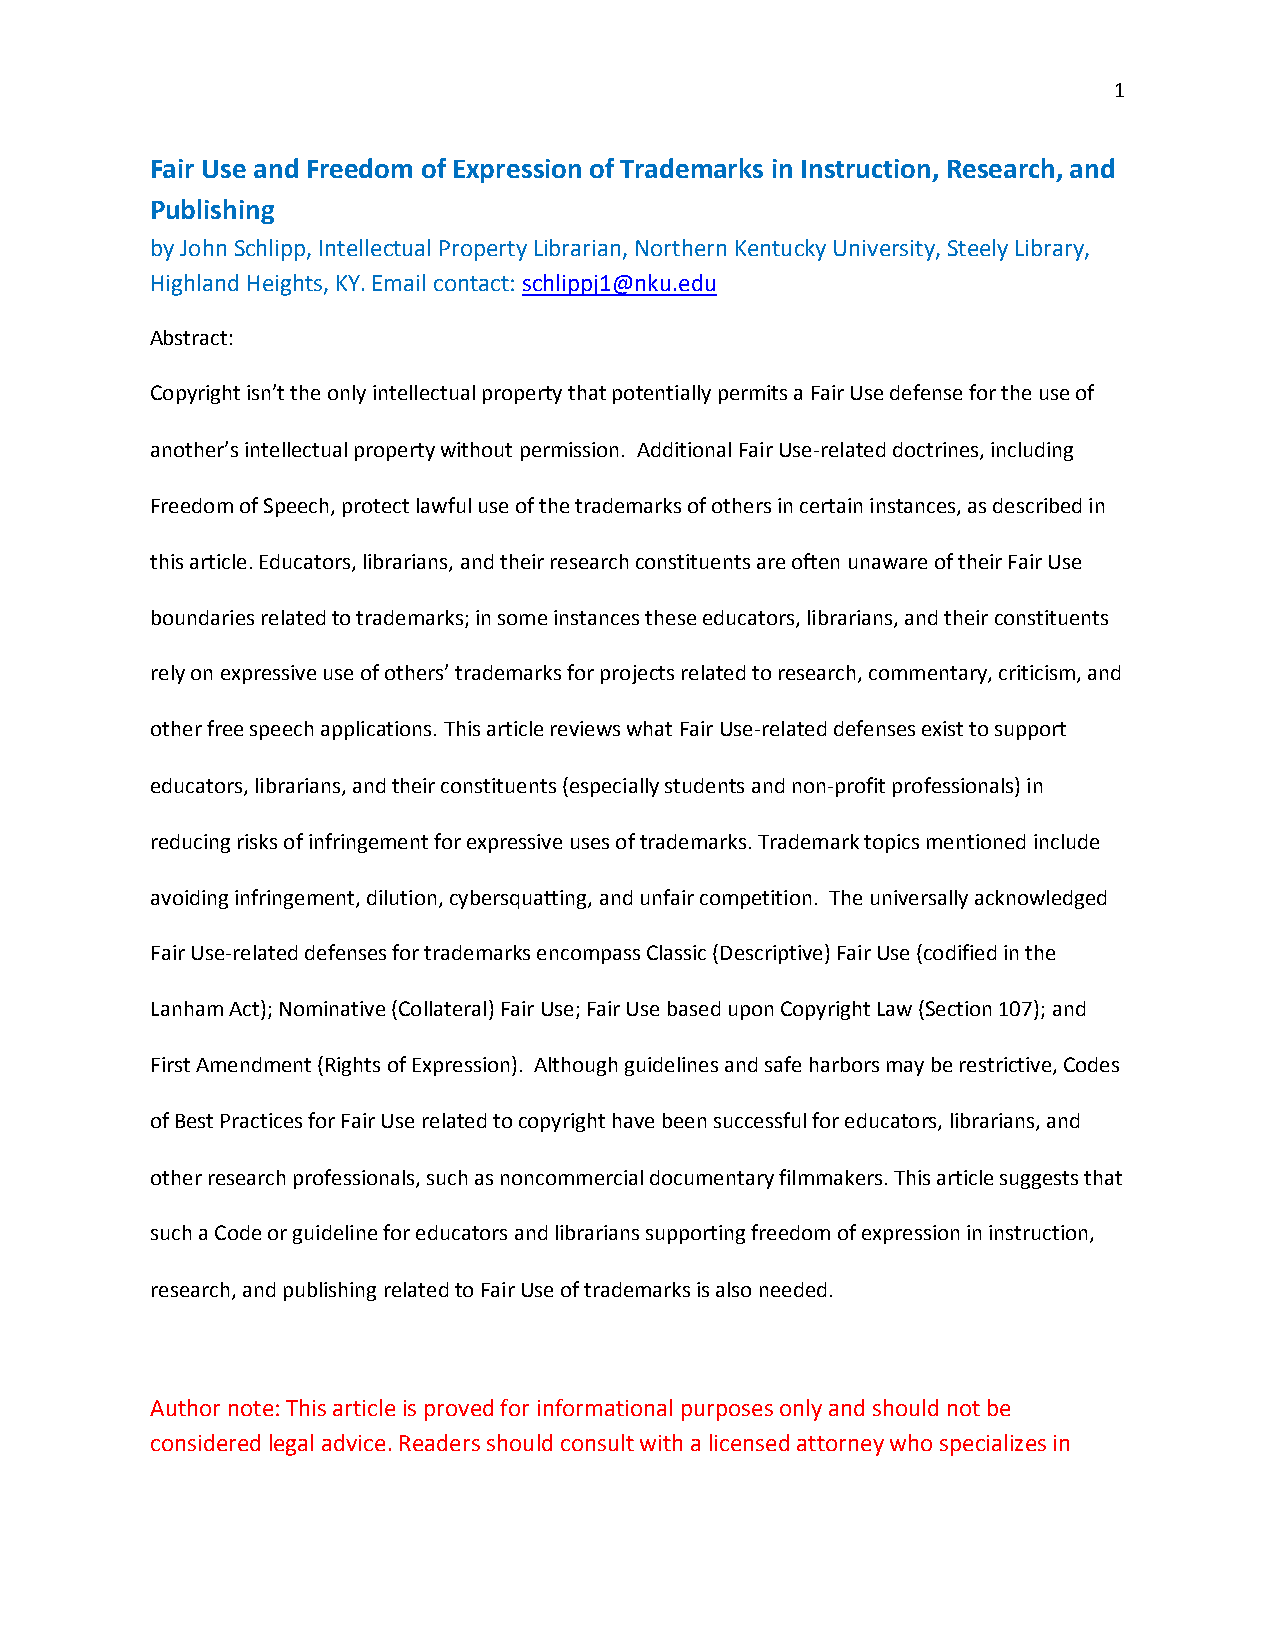
1
 Fair Use and Freedom of Expression of Trademarks in Instruction, Research, and
 Publishing
 by John Schlipp, Intellectual Property Librarian, Northern Kentucky University, Steely Library,
 Highland Heights, KY. Email contact: schlippj1@nku.edu
 Abstract:
 Copyright isn’t the only intellectual property that potentially permits a Fair Use defense for the use of
 another’s intellectual property without permission. Additional Fair Use-related doctrines, including
 Freedom of Speech, protect lawful use of the trademarks of others in certain instances, as described in
 this article. Educators, librarians, and their research constituents are often unaware of their Fair Use
 boundaries related to trademarks; in some instances these educators, librarians, and their constituents
 rely on expressive use of others’ trademarks for projects related to research, commentary, criticism, and
 other free speech applications. This article reviews what Fair Use-related defenses exist to support
 educators, librarians, and their constituents (especially students and non-profit professionals) in
 reducing risks of infringement for expressive uses of trademarks. Trademark topics mentioned include
 avoiding infringement, dilution, cybersquatting, and unfair competition. The universally acknowledged
 Fair Use-related defenses for trademarks encompass Classic (Descriptive) Fair Use (codified in the
 Lanham Act); Nominative (Collateral) Fair Use; Fair Use based upon Copyright Law (Section 107); and
 First Amendment (Rights of Expression). Although guidelines and safe harbors may be restrictive, Codes
 of Best Practices for Fair Use related to copyright have been successful for educators, librarians, and
 other research professionals, such as noncommercial documentary filmmakers. This article suggests that
 such a Code or guideline for educators and librarians supporting freedom of expression in instruction,
 research, and publishing related to Fair Use of trademarks is also needed.
 Author note: This article is proved for informational purposes only and should not be
 considered legal advice. Readers should consult with a licensed attorney who specializes in